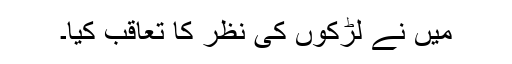
میں نے لڑکوں کی نظر کا تعاقب کیا۔